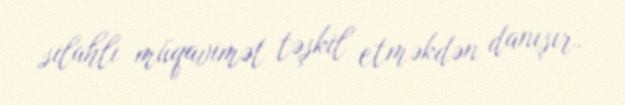
silahlı müqavimət təşkil etməkdən danışır.